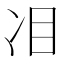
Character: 𠖻